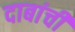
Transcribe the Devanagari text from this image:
दाबांची